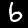
Digit: 6